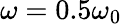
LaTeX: \omega=0.5\omega_{0}